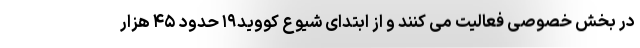
در بخش خصوصی فعالیت می کنند و از ابتدای شیوع کووید۱۹ حدود ۴۵ هزار